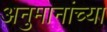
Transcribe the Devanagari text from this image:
अनुमानांच्या